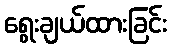
ရွေးချယ်ထားခြင်း